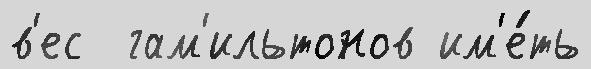
в'ес  гам'ильтонов им'е́ть